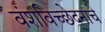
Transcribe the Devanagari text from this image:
वंशविच्छेदनाचे